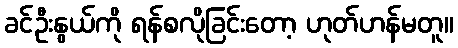
ခင်ဦးနွယ်ကို ရန်စလိုခြင်းတော့ ဟုတ်ဟန်မတူ။